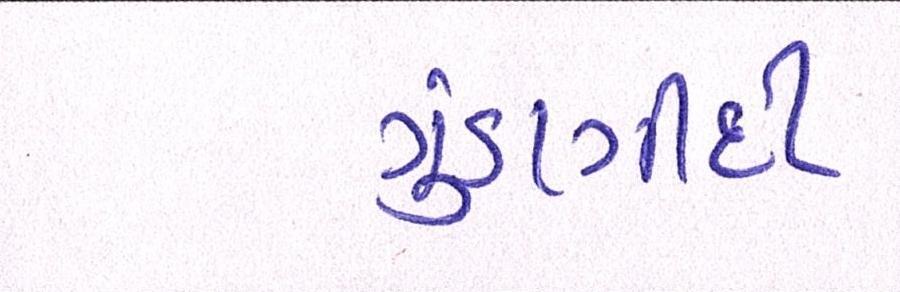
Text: ગુંડાગીર્દી